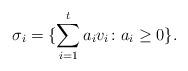
LaTeX: \begin{align*}\sigma_i=\{\sum_{i=1}^ta_iv_i\colon a_i\geq 0\}.\end{align*}